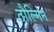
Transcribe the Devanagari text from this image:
तौल्मिन